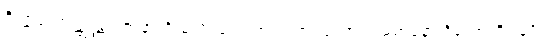
ဇိဏ္ဏကောဋ္ဌဗ္ဘန္တရံ ဇာနာတိ မယိ သကုဏကုလာဝကော လမ္ဗမာနော ဌိတောတိ။ နပိ